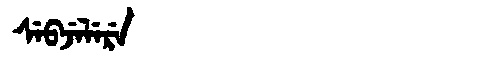
Manchu: ᠰᡝᠪᠵᡝᠯᡝᡵᡝ
Romanization: SEBJELERE